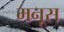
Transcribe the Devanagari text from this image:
मनूस